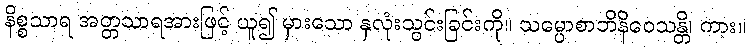
နိစ္စသာရ အတ္တသာရအားဖြင့် ယူ၍ မှားသော နှလုံးသွင်းခြင်းကို။ သမ္ပောစာဘိနိဝေသန္တိ၊ ကား။